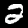
Label: 2